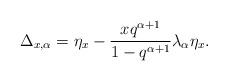
LaTeX: \begin{align*}\Delta_{x,\alpha}= \eta_x-\frac{x q^{\alpha+1}}{1-q^{\alpha+1}} \lambda_{\alpha} \eta_x.\end{align*}